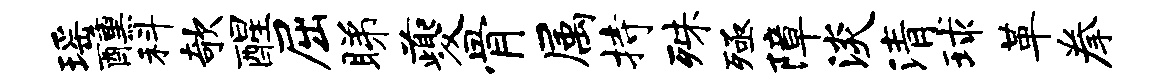
瑶醺科欹醒屈睇夔骨属持殊殛障淡清球革拳